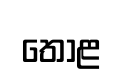
තොළ